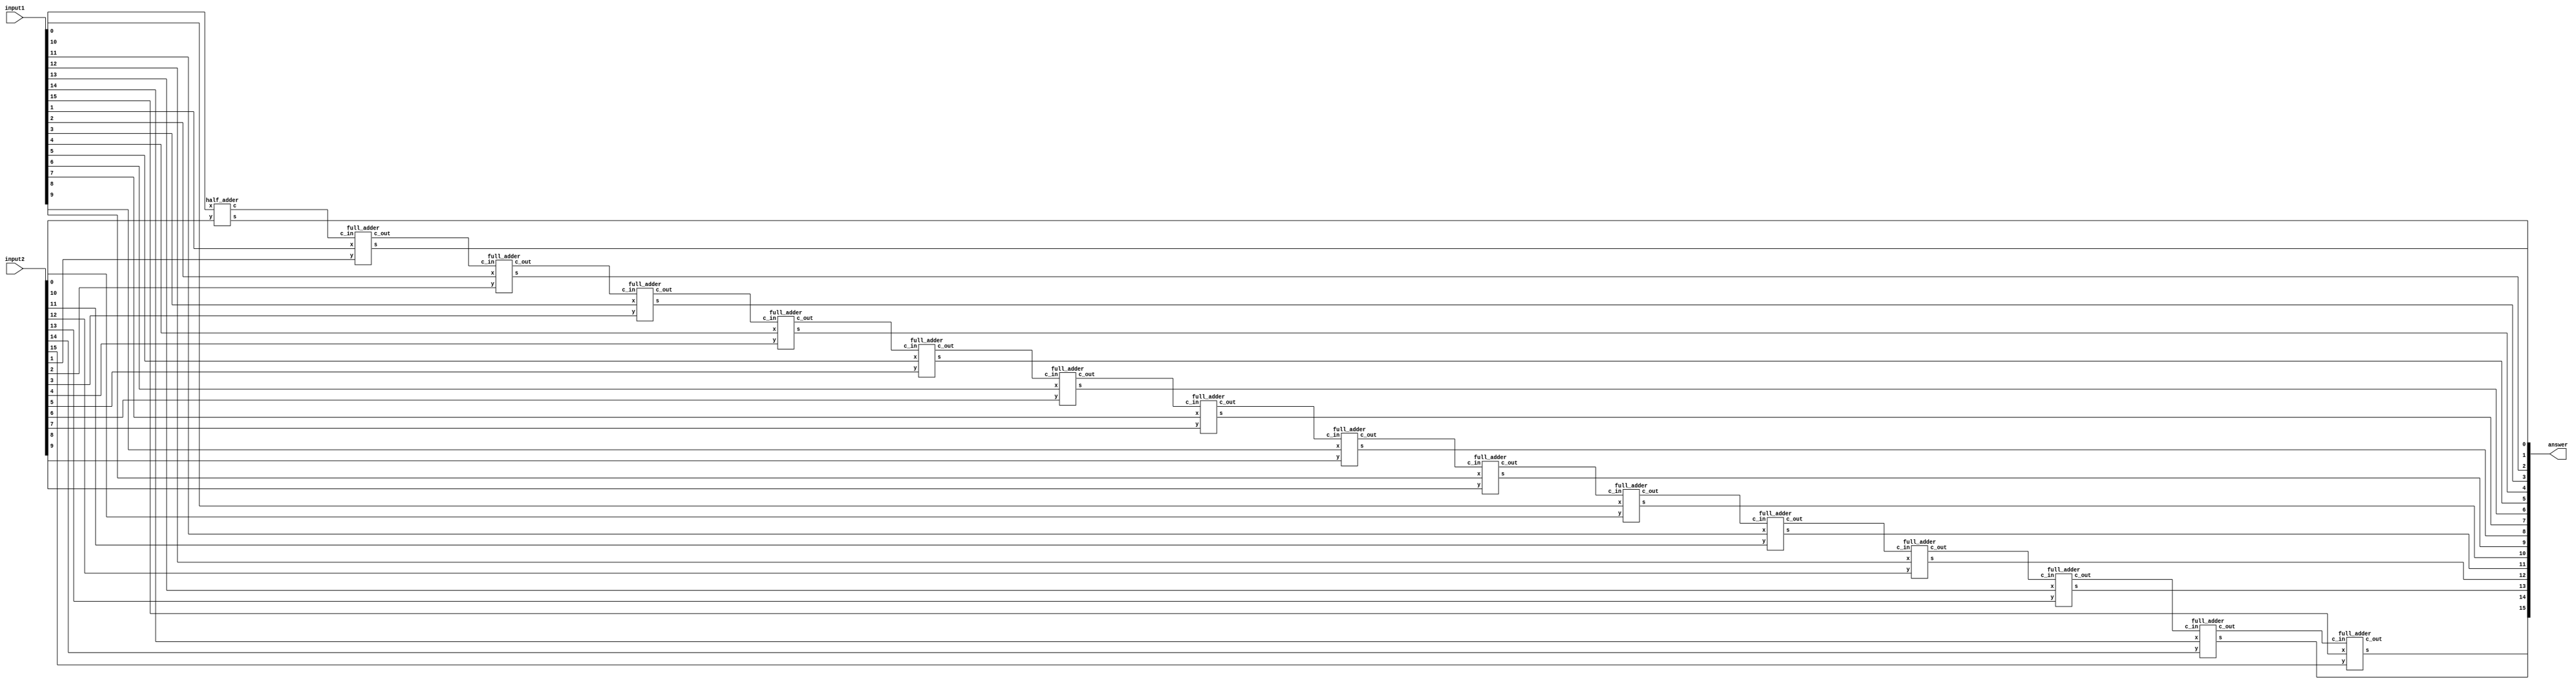
module N_bit_adder(input1,input2,answer);
parameter N=16;
input [N-1:0] input1,input2;
   output [N-1:0] answer;
   wire  carry_out;
  wire [N-1:0] carry;
   genvar i;
   generate 
   for(i=0;i<N;i=i+1)
     begin: generate_N_bit_Adder
   if(i==0) 
  half_adder f(input1[0],input2[0],answer[0],carry[0]);
   else
  full_adder f(input1[i],input2[i],carry[i-1],answer[i],carry[i]);
     end
  assign carry_out = carry[N-1];
   endgenerate
endmodule 

module half_adder(x,y,s,c);
   input x,y;
   output s,c;
   assign s=x^y;
   assign c=x&y;
endmodule

module full_adder(x,y,c_in,s,c_out);
   input x,y,c_in;
   output s,c_out;
 assign s = (x^y) ^ c_in;
 assign c_out = (y&c_in)| (x&y) | (x&c_in);
endmodule